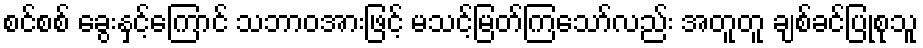
စင်စစ် ခွေးနှင့်ကြောင် သဘာဝအားဖြင့် မသင့်မြတ်ကြသော်လည်း အတူတူ ချစ်ခင်ပြုစုသူ